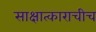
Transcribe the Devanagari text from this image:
साक्षात्काराचीच